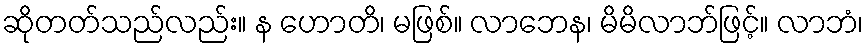
ဆိုတတ်သည်လည်း။ န ဟောတိ၊ မဖြစ်။ လာဘေန၊ မိမိလာဘ်ဖြင့်။ လာဘံ၊